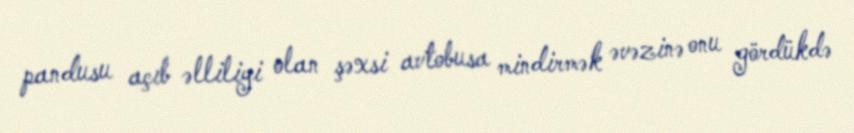
pandusu açıb əlliliyi olan şəxsi avtobusa mindirmək əvəzinə onu gördükdə